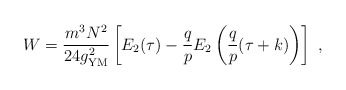
\begin{align*}W = {m^3N^2\over 24 g_{{\rm YM}}^2}\left[E_2(\tau) -{q\over p}E_2\left({q\over p}(\tau+k)\right)\right]\ ,\end{align*}